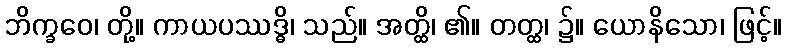
ဘိက္ခဝေ၊ တို့။ ကာယပဿဒ္ဓိ၊ သည်။ အတ္ထိ၊ ၏။ တတ္ထ၊ ၌။ ယောနိသော၊ ဖြင့်။